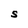
Character: S